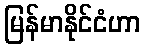
မြန်မာနိုင်ငံဟာ